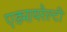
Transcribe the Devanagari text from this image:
एड्मायरैल्टी